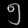
Digit: ၅